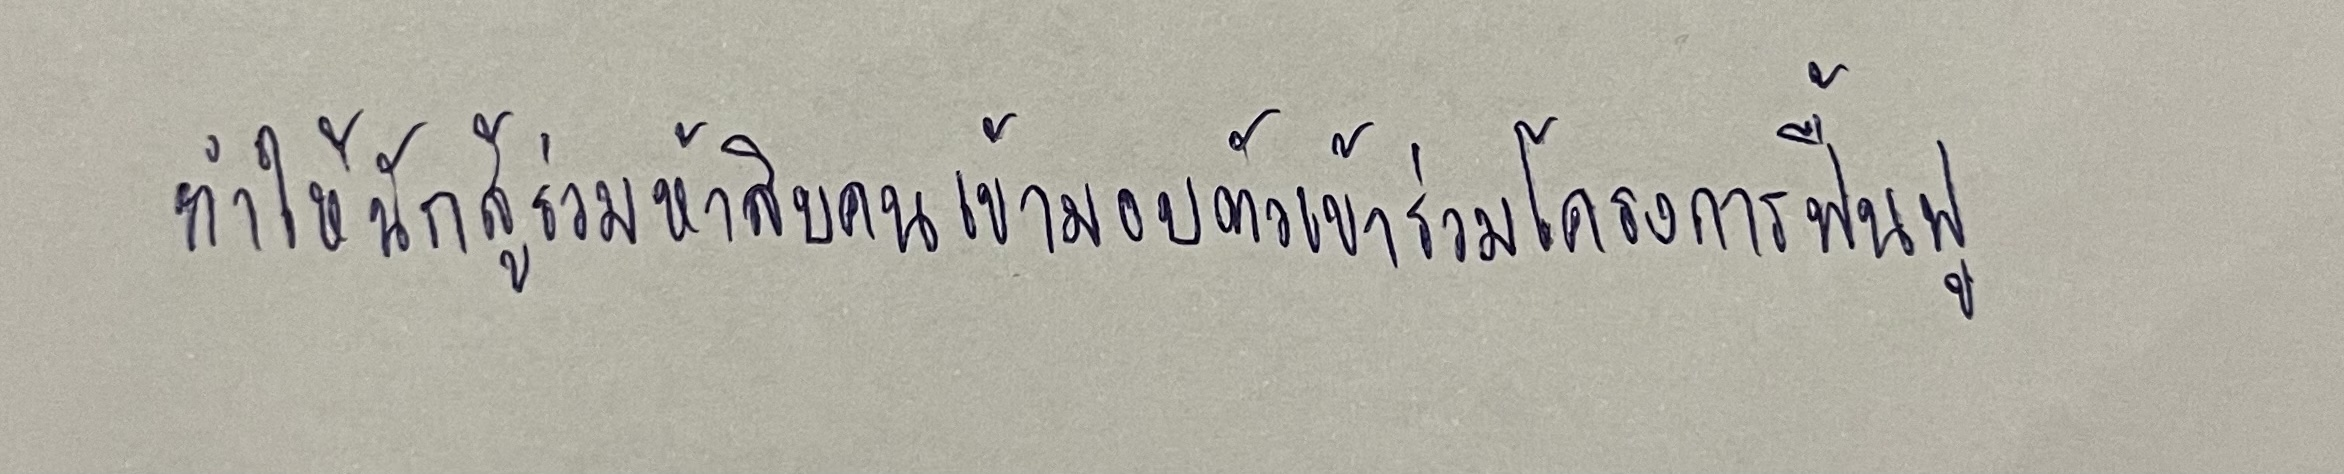
ทำให้นักสู้ร่วมห้าสิบคนเข้ามอบตัวเข้าร่วมโครงการฟื้นฟู